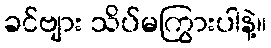
ခင်ဗျား သိပ်မကြွားပါနဲ့။